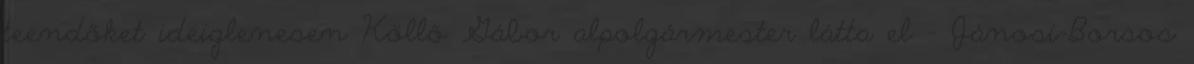
teendőket ideiglenesen Köllő Gábor alpolgármester látta el – Jánosi-Borsos